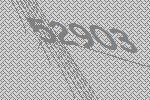
52903